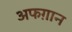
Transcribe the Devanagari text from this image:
अफग़ान